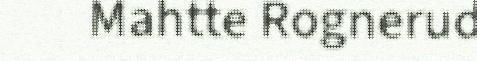
Mahtte Rognerud